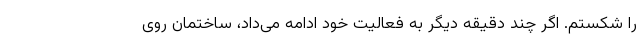
را شکستم. اگر چند دقیقه دیگر به فعالیت خود ادامه می‌داد، ساختمان روی